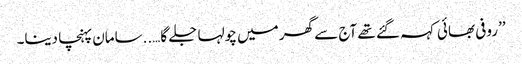
’’روفی بھائی کہہ گئے تھے آج سے گھر میں چولہا جلے گا…..سامان پہنچا دینا۔